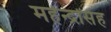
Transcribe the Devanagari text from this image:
महेन्द्रसिंह